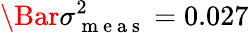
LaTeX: \Bar{\sigma}_{\mathrm{~m~e~a~s~}}^{2}=0.027